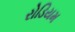
રોડિયમ